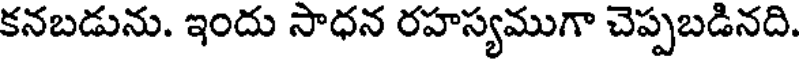
కనబడును. ఇందు సాధన రహస్యముగా చెప్పబడినది.